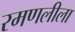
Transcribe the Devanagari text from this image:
रमणलीला